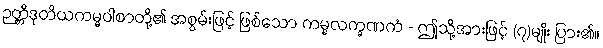
ဉတ္တိဒုတိယကမ္မဝါစာတို့၏ အစွမ်းဖြင့် ဖြစ်သော ကမ္မလက္ခဏကံ - ဤသို့အားဖြင့် (၇)မျိုး ပြား၏။